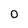
Character: O